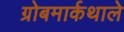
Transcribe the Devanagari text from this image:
ग्रोबमार्कथाले